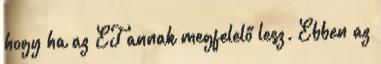
hogy ha az ET annak megfelelő lesz. Ebben az